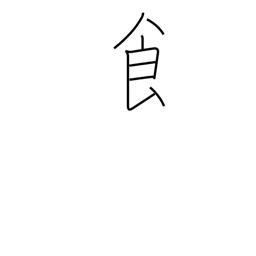
Meaning: radical number 184